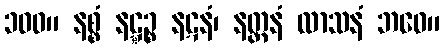
၁၀၀။ နစ္စံ နဋ္ဋဉ္စ နဋနံ၊ နတ္တနံ လာသနံ ဘဝေ။